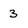
Character: 3